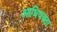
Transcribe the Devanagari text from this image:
आधिवक्ता